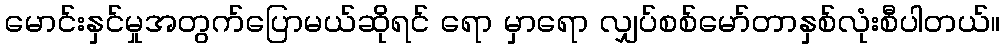
မောင်းနှင်မှုအတွက်ပြောမယ်ဆိုရင် ရော မှာရော လျှပ်စစ်မော်တာနှစ်လုံးစီပါတယ်။